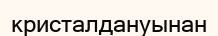
кристалдануынан